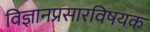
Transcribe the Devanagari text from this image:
विज्ञानप्रसारविषयक